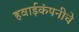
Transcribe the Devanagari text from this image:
हवाईकंपनीचे